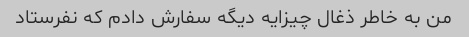
من به خاطر ذغال چیزایه دیگه سفارش دادم که نفرستاد